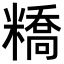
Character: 𥼱